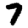
Digit: 7